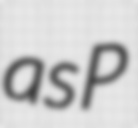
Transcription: as P